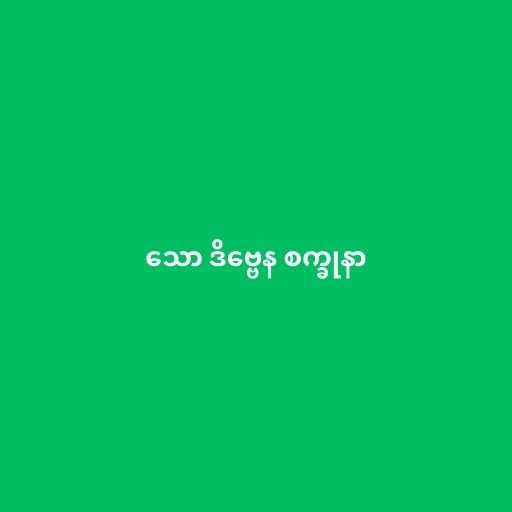
သော ဒိဗ္ဗေန စက္ခုနာ